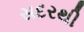
સદરથી